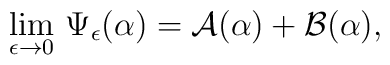
\lim_{\epsilon\to 0}\,\Psi_\epsilon(\alpha)={\cal A}(\alpha)+{\cal B}(\alpha),